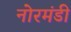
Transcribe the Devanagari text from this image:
नोरमंडी